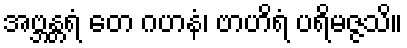
အဗ္ဘန္တရံ တေ ဂဟနံ၊ ဗာဟိရံ ပရိမဇ္ဇသိ။